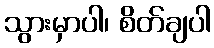
သွားမှာပါ၊ စိတ်ချပါ